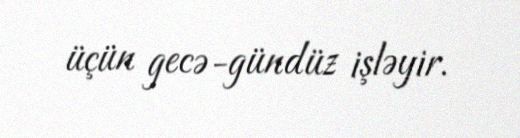
üçün gecə-gündüz işləyir.